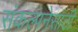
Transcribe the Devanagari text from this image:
संकल्पनेसाठी